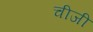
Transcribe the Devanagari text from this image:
चीजी